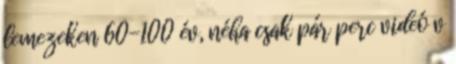
lemezeken 60-100 év, néha csak pár perc videó v